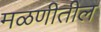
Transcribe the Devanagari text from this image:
मळणीतील